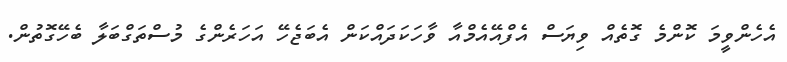
އެހެންވީމަ ކޮންމެ ގޮތެއް ވިޔަސް އެފްއޭއެމްއާ ވާހަކަދައްކަން އެބަޖެހޭ އަހަރެންގެ މުސްތަގްބަލާ ބެހޭގޮތުން.